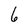
Character: 6